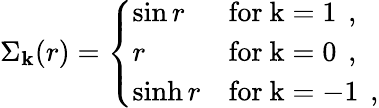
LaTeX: \Sigma_{\mathbf{k}}(r)=\left\{ \begin{array}{ll}{{\sin r}}&{{\mathrm{for~k=1~}\, ,}}\\ {{r}}&{{\mathrm{for~k=0~}\, ,}}\\ {{\sinh r}}&{{\mathrm{for~k=-1~}\, ,}}\end{array}\right.